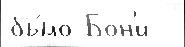
бы́ло Бон'и